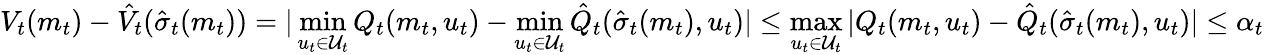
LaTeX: V_{t}(m_{t})-\hat{V}_{t}(\hat{\sigma}_{t}(m_{t}))=|\operatorname*{min}_{u_{t}\in\mathcal{U}_{t}}Q_{t}(m_{t},u_{t})-\operatorname*{min}_{u_{t}\in\mathcal{U}_{t}}\hat{Q}_{t}(\hat{\sigma}_{t}(m_{t}),u_{t})|\leq\operatorname*{max}_{u_{t}\in\mathcal{U}_{t}}|Q_{t}(m_{t},u_{t})-\hat{Q}_{t}(\hat{\sigma}_{t}(m_{t}),u_{t})|\leq\alpha_{t}